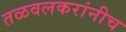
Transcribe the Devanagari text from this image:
तळवलकरांनीच